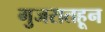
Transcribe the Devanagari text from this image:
गुजरातहून